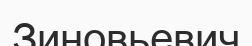
Зиновьевич